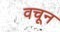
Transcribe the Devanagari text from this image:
वचून